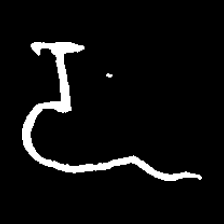
Pyu character \u2014 Myanmar letter: ဍ (romanized: dda)